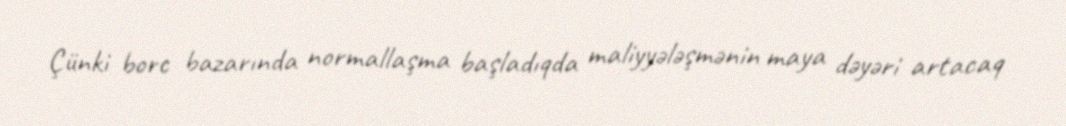
Çünki borc bazarında normallaşma başladıqda maliyyələşmənin maya dəyəri artacaq